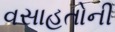
વસાહતોની